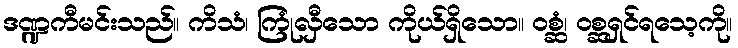
ဒဏ္ဍကီမင်းသည်။ ကိသံ၊ ကြုံလှီသော ကိုယ်ရှိသော။ ဝစ္ဆံ၊ ဝစ္ဆရှင်ရသေ့ကို။